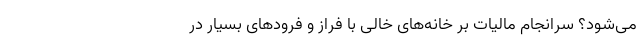
می‌شود؟ سرانجام مالیات بر خانه‌های خالی با فراز و فرود‌های بسیار در